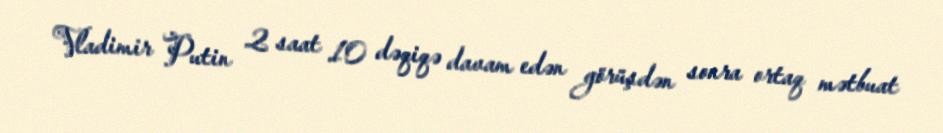
Vladimir Putin 2 saat 10 dəqiqə davam edən görüşdən sonra ortaq mətbuat